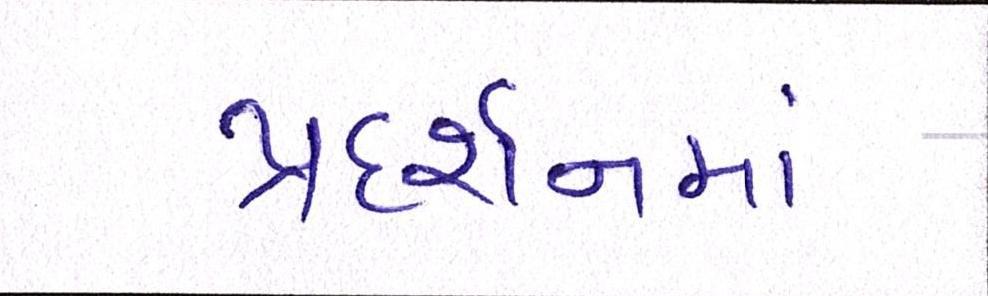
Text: પ્રદર્શનમાં